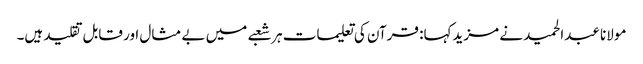
مولانا عبدالحمید نے مزیدکہا: قرآن کی تعلیمات ہر شعبے میں بے مثال اور قابل تقلید ہیں۔